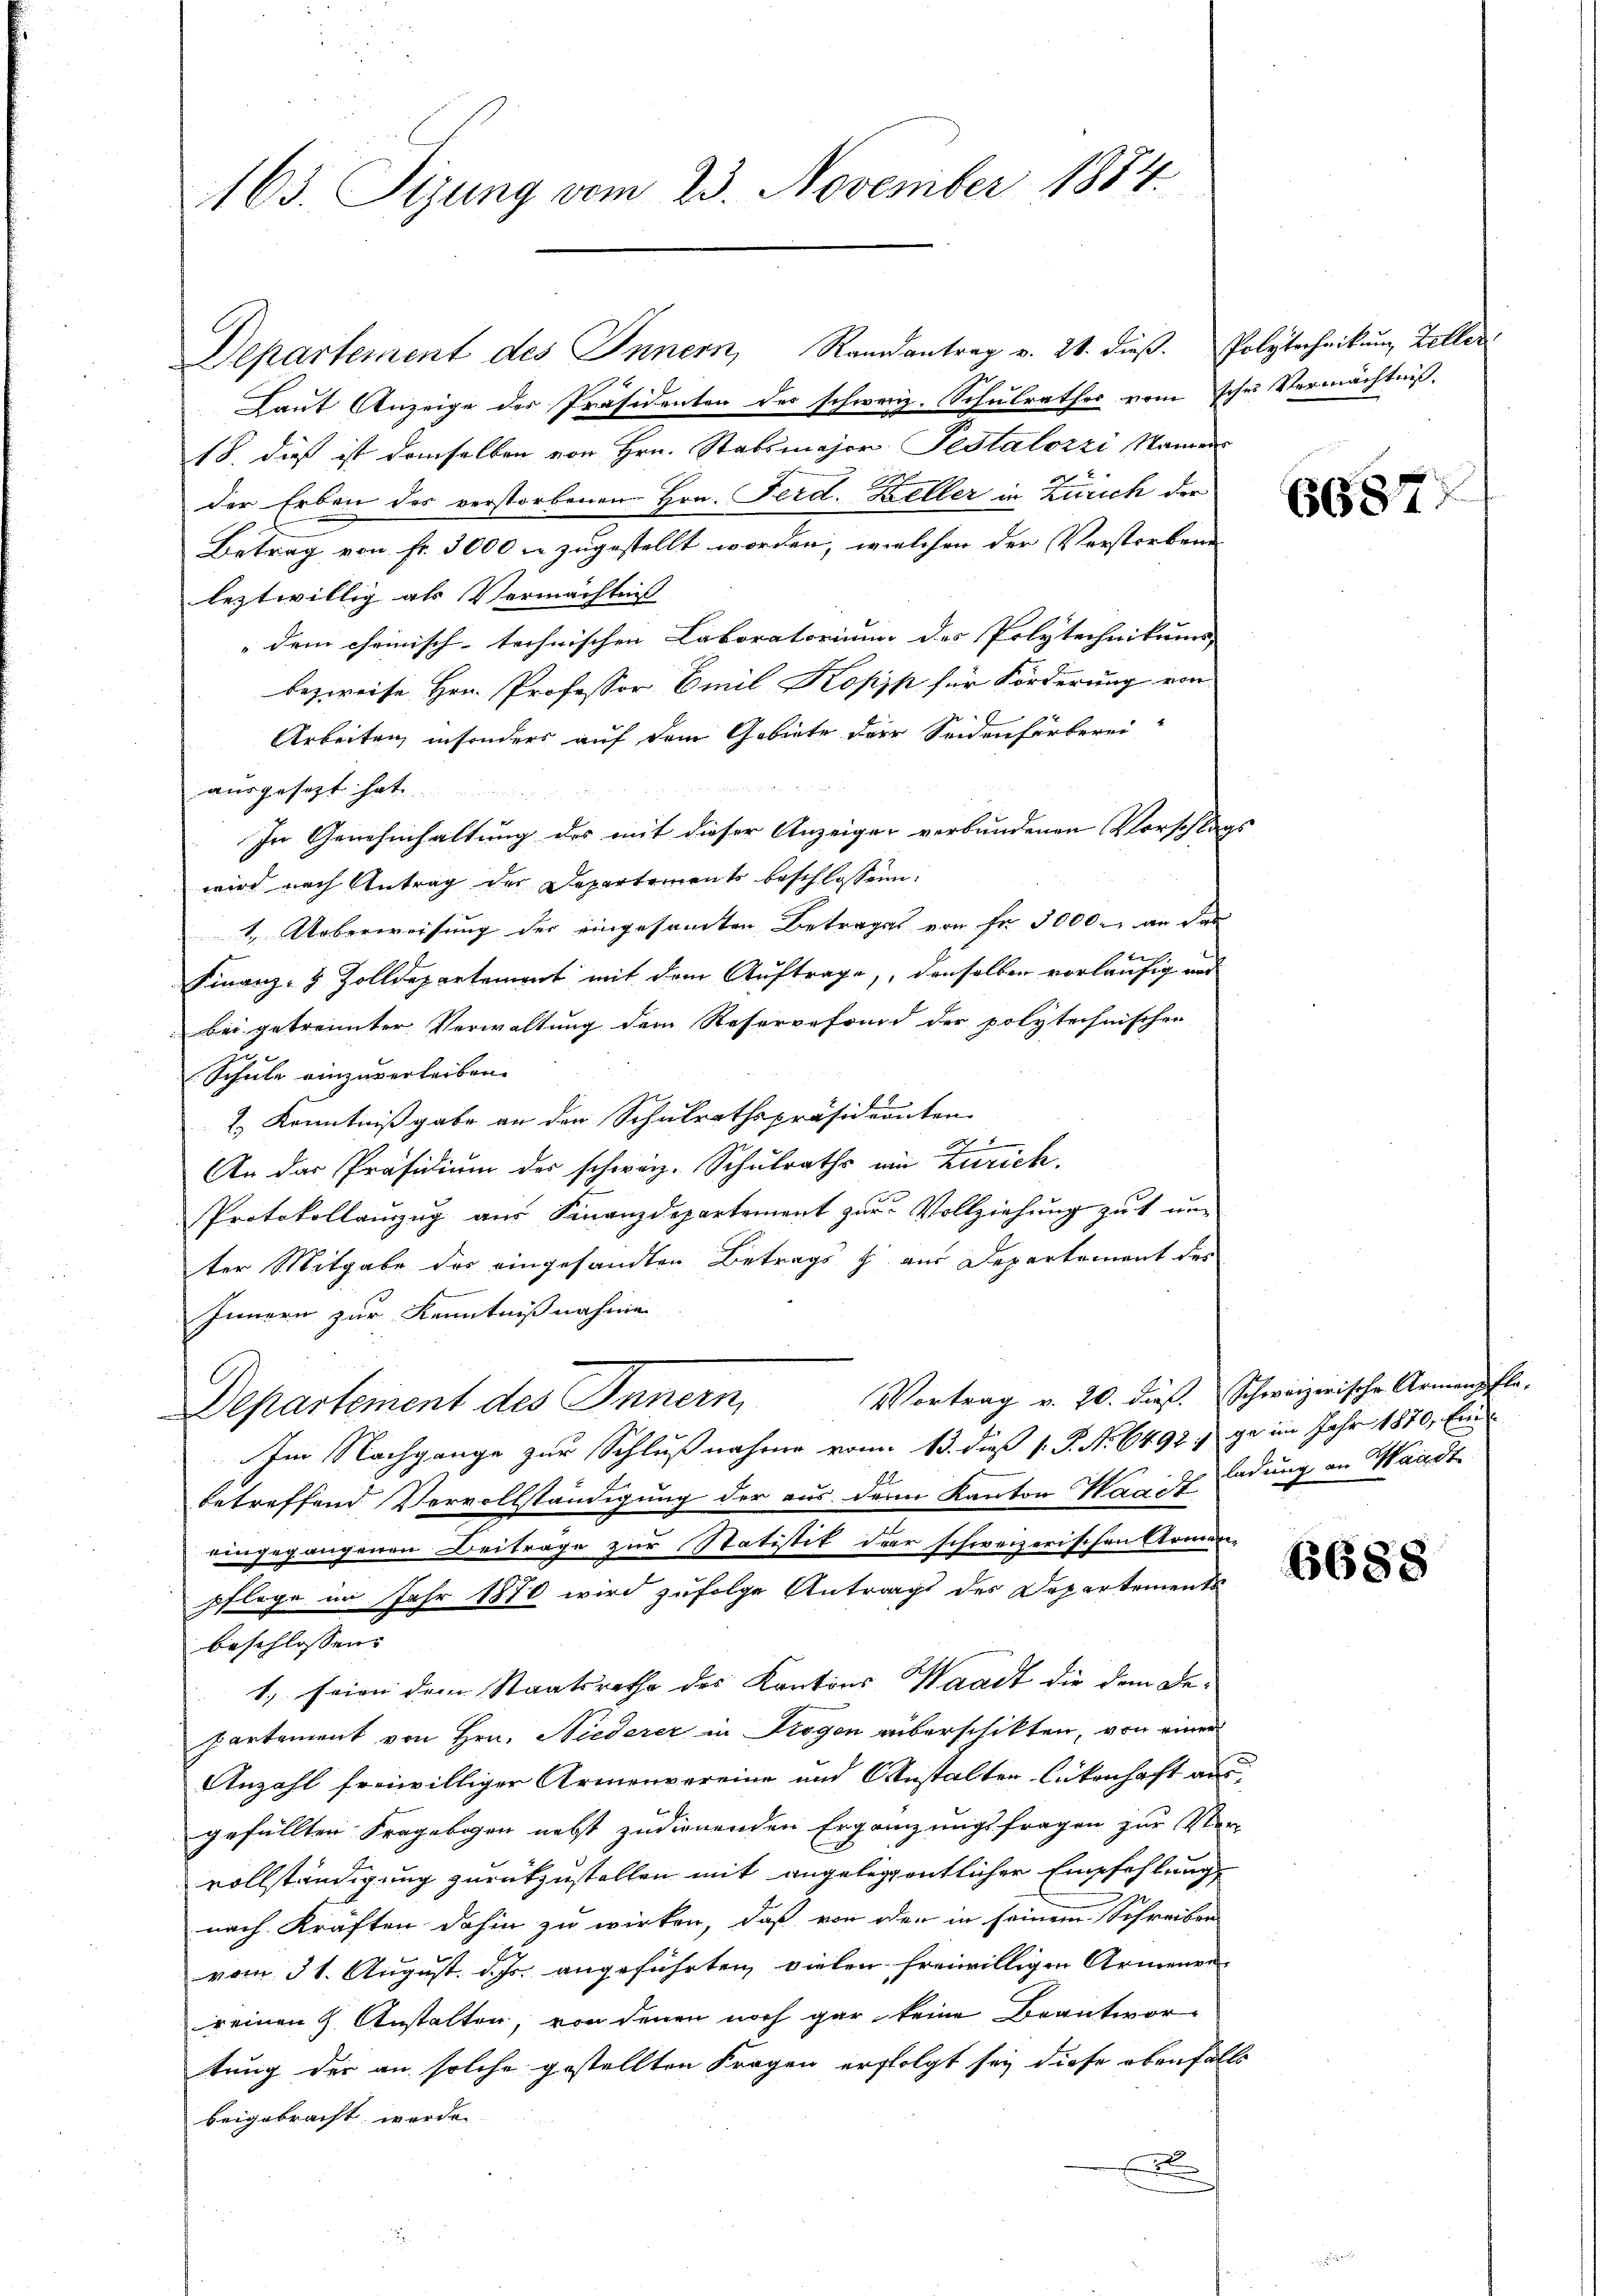
163. Sizung vom 23. November 1884.

Departement des Innern, Randantrag v. 21. dieβ. Polytechnikum Zeller
Laut Anzeige der Präsidenten des schweiz. Schulrathes vom schon Vermächtniß.
18. dieß ist demselben von Hrn. Stabsmajor. Pestalozzi Mauren
der Erben des verstorbenen Hrn. Ferd. Keller in Zürich der
Betrag von fr. 3000 f zugestellt worden, welchen der Verstorben
leztwillig als Vermächtnis
„dem cheinisch-technischen Laboratorium des Polytechnikums |
bezweife Hrn. Professor Emil Kopik für Förderung von
Arbeiten, insonders auf dem Gebiete der Seidenfärberei
ausgesezt hat.
In Genehmhaltung des mit dieser Anzeiger verbundenen Vorschlags
wird nach Antrag der Departements beschlossen:
1. Ueberweisung der eingesamten Betrages von Fr. 5000. an das
Finanz- & Zolldepartement mit dem Auftrage, denselben vorläufig und
bei getrennter Verwaltung dem Reservefrund der polytechnischen
Schule einzuverleiben. |
2.) Kenntnißgabe an der Schulrathspräsidienten
2
An das Präsidium der schweiz. Schulraths ein Zürich.
Protokollaŭszŭg aŭs Finanzdepartement zŭr Vollziehŭng zŭ ŭn-
ter Mitgabe des eingesandten Betrags u. aus Departement des
d
Innern zur Kenntnißnahme
Vortrag v. 20. dieß. Schweizerische Armenpfle-
Departement des Innern,
Im Nachgange zur Schlußnahme vom 13. daß 1. P. Nr. 6497 ; ge im Jahr 1870, Einbetreffend Vervollständigung der aus der Kanton Waadt Ladung an Waadt
eingegangenen Beiträge zur Statistik der schweizerischen Armen
pfloge im Jahr 1870 wird zufolge Antrags des Departements
beschlossen. |
1. seien dem Staatsrathe des Kantons Waadt die dem Departement von Hrn. Niederer in Trogen aberschikten, von einer
Anzahl freiwilliger Armenvereine und Anstalten lütenhaft aus-
gefüllten Fragebogen nebst zudienenden Ergänzungsfragen zur Ster-
vollständigung zurückzustellen mit angelegentlicher Empfehlung
nach Kräften dahin zu wirken, daß von oder in seinem Schreiben
vom 31. August. d. Js. angeführten vielen freiwilligen Armenen-
reinen H. Anstalten, von denen noch gar keine Beantwortung der an solche gestellten Fragen erfolgt sey diese ebenfalls
beigebracht werde.
.

6687

6688